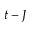
t - J